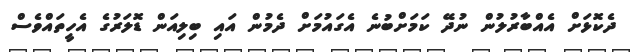
ދެކޮޅަށް އެއްބާރުލުން ނުދޭ ކަމަށްބުނެ އެގައުމަށް ދެމުން އައި ބިލިއަން ޑޮލަރުގެ އެހީތައްވެސް